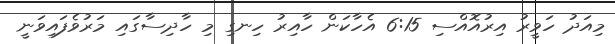
މިއަދު ހަވީރު އިރުއޮއްސި 6:15 އެހާކަން ހާއިރު ހިނގި މި ހާދިސާގައި މަރުވެފައިވަނީ